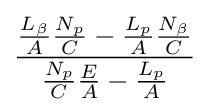
{\frac {{\frac {L_{\beta }}{A}}{\frac {N_{p}}{C}}-{\frac {L_{p}}{A}}{\frac {N_{\beta }}{C}}}{{\frac {N_{p}}{C}}{\frac {E}{A}}-{\frac {L_{p}}{A}}}}